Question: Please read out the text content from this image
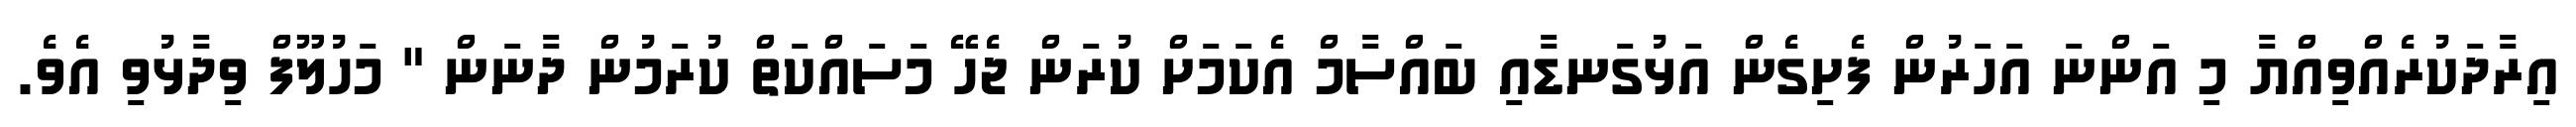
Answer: އިރާދަކުރެއްވިއްޔާ މި އަންނަ އަހަރުން ފެށިގެން އަޅުގަނޑާއި ބައްސާމް އެކަމަށް ކުރަން ޖެހޭ މަސައްކަތް ކުރަމުން ދާނަން " މަހުލޫފް ވިދާޅުވި އެވެ.